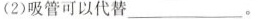
(2)吸管可以代替___。